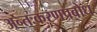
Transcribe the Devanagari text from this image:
अन्तःकरणप्रबोध